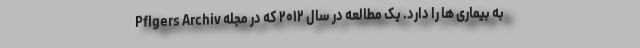
به بیماری ها را دارد. یک مطالعه در سال ۲۰۱۲ که در مجله Pflgers Archiv